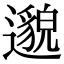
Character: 邈